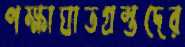
পক্ষাঘাতগ্রস্তদের